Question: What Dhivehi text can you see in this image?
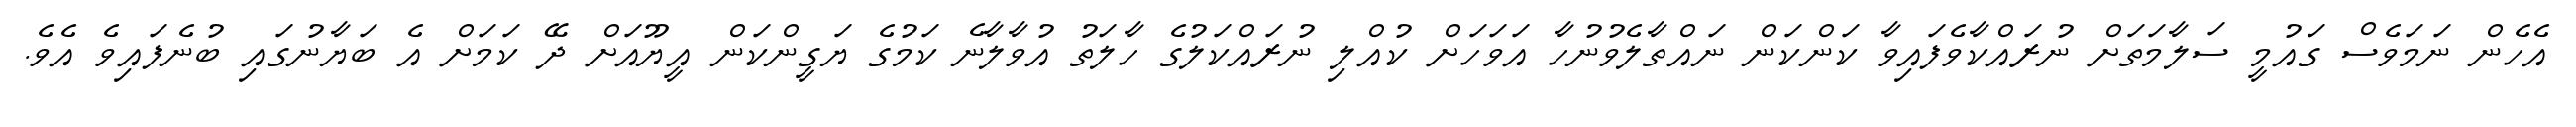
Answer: އެހެން ނަމަވެސް ގައުމީ ސަލާމަތަށް ނުރައްކާވެފައިވާ ކަންކަން ނައްތާލެވުނުހާ އަވަހަށް ކުއްލި ނުރައްކަލުގެ ހާލަތު އުވާލާނެ ކަމުގެ ޔަގީންކަން އީޔޫއަށް ދޭ ކަމަށް އެ ބަޔާނުގައި ބުނެފައިވެ އެވެ.